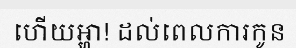
ហើយអ្ហា! ដល់ពេលការកូន